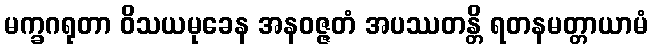
မက္ခဂရုတာ ဝိသယမုခေန အနဝဇ္ဇတံ အပဿတန္တိ ရတနမတ္တာယာမံ